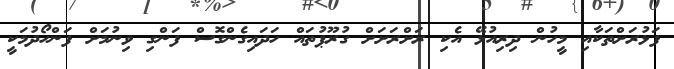
ފަޅުރަށްތަކާއި މީހުން ދިރިއުޅޭ އެކި ރަށްރަށަށް ގުރޫޕުތައް ހަދައިގެންގޮސް ފަންގި ވިނުމަށް ފަންހޯދުމަކީ